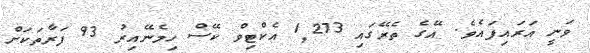
ވަނީ އަރައިފައެވެ. އޭގެ ތެރޭގައި 1